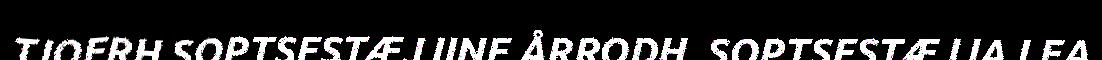
TJOERH SOPTSESTÆJJINE ÅRRODH. SOPTSESTÆJJA LEA